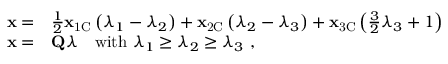
\begin{array} { r l } { \mathbf { x } = } & { \frac { 1 } { 2 } \mathbf { x } _ { \mathrm { 1 C } } \left( \lambda _ { 1 } - \lambda _ { 2 } \right) + \mathbf { x } _ { \mathrm { 2 C } } \left( \lambda _ { 2 } - \lambda _ { 3 } \right) + \mathbf { x } _ { \mathrm { 3 C } } \left( \frac { 3 } { 2 } \lambda _ { 3 } + 1 \right) } \\ { \mathbf { x } = } & { \mathbf { Q } \boldsymbol { \lambda } \quad \mathrm { w i t h } \ \lambda _ { 1 } \geq \lambda _ { 2 } \geq \lambda _ { 3 } \ \mathrm { , } } \end{array}